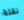
نقلة